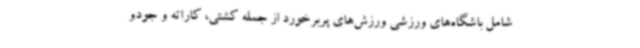
شامل باشگاه‌های ورزشی ورزش‌های پربرخورد از جمله کشتی، کاراته و جودو